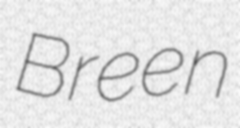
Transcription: Breen